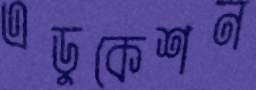
এডুকেশন